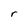
Character: r